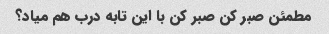
مطمئن صبر کن صبر کن با این تابه درب هم میاد؟